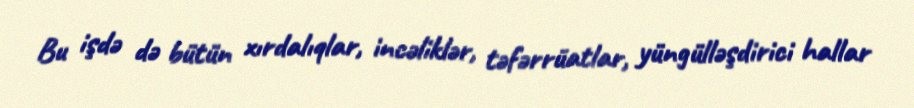
Bu işdə də bütün xırdalıqlar, incəliklər, təfərrüatlar, yüngülləşdirici hallar